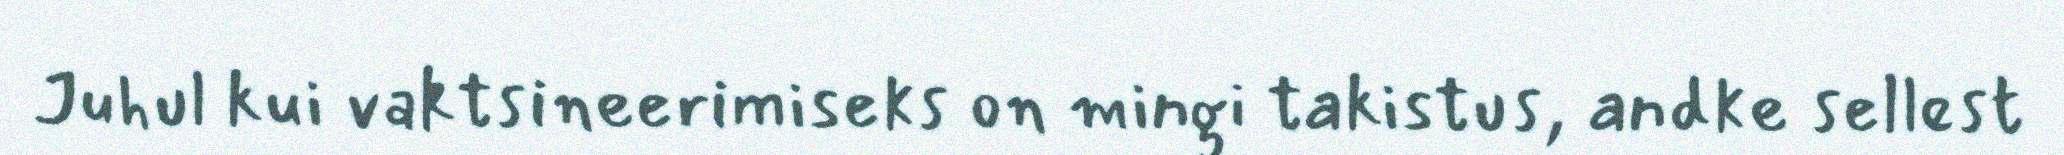
Juhul kui vaktsineerimiseks on mingi takistus, andke sellest